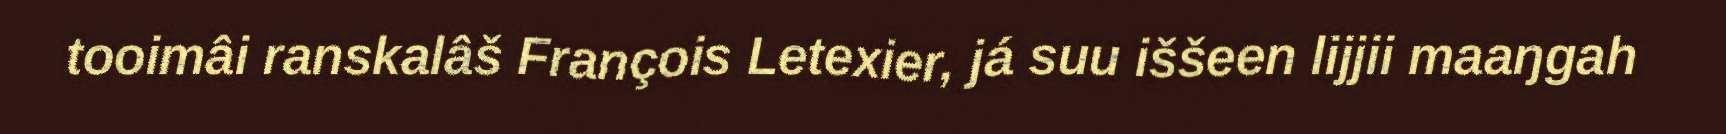
tooimâi ranskalâš François Letexier, já suu iššeen lijjii maaŋgah